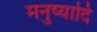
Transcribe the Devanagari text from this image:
मनुष्यादि